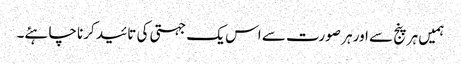
ہمیں ہر پنج سے اور ہر صورت سے اس یک جہتی کی تائید کرنا چاہئے۔